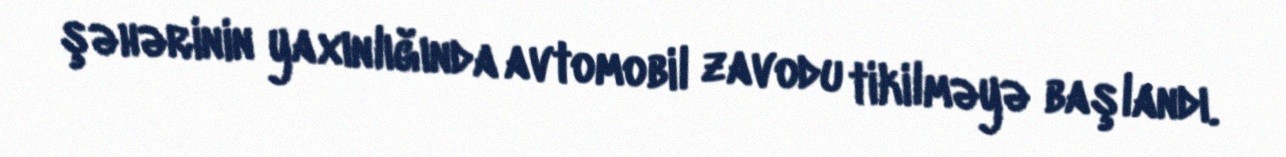
şəhərinin yaxınlığında avtomobil zavodu tikilməyə başlandı.